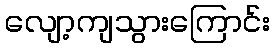
လျော့ကျသွားကြောင်း